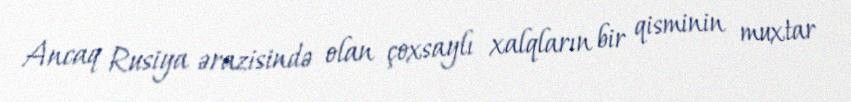
Ancaq Rusiya ərazisində olan çoxsaylı xalqların bir qisminin muxtar